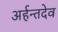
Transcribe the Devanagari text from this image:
अर्हन्तदेव